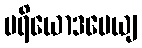
ပရိယောဒပေယျ